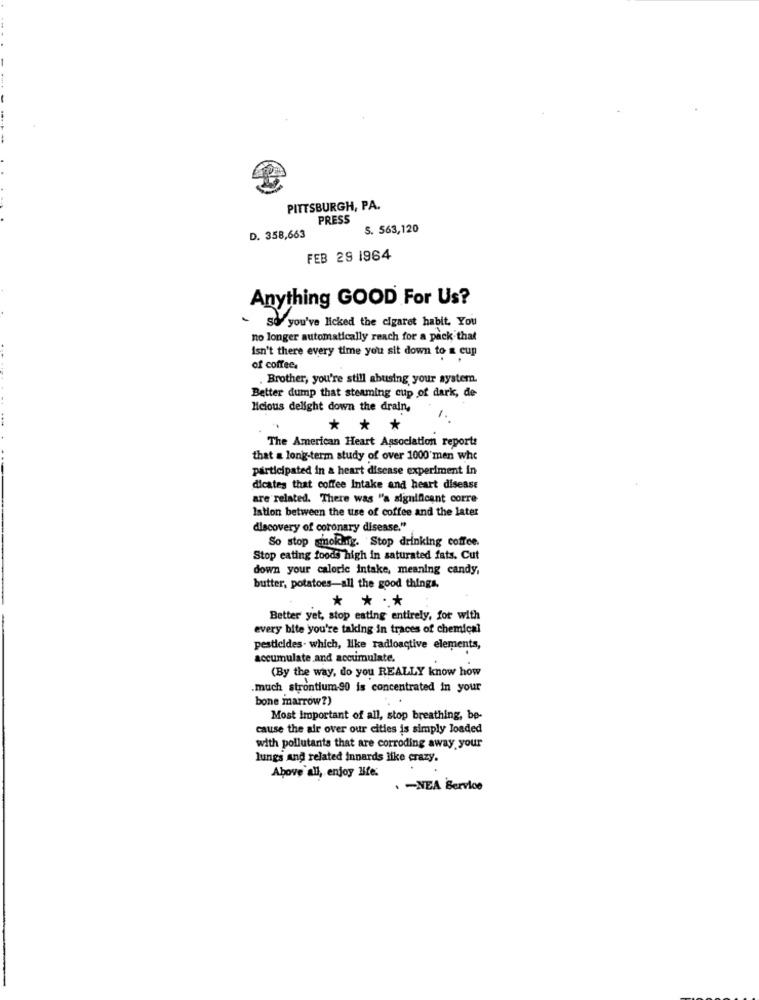
PITTSBURGH, PA.
PRESS
S. 563,120
D. 358,663
FEB 29 1964
Anything GOOD For Us?
So you've licked the cigaret habit. You
no longer automatically reach for a pack that
Isn't there every time you sit down to a cup
of coffee.
. Brother, you're still abusing your system.
Better dump that steaming cup of dark, de
licious delight down the drain,
** *
The American Heart Association reporte
that a long-term study of over 1000'men who
participated in a heart disease experiment in
dicates that coffee Intake and heart disease
are related. There was "a significant corre
lation between the use of coffee and the later
discovery of coronary disease."
So stop smoking. Stop drinking coffee.
Stop eating foods high in saturated fats. Cut
down your calorie intake, meaning candy,
butter, potatoes-all the good things.
* ***
Better yet, stop eating entirely, for with
every bite you're taking in traces of chemical
pesticides. which, like radioactive elements,
accumulate and accumulate.
(By the way, do you REALLY know how
.much strontium-90 is concentrated in your
bone marrow?)
Most Important of all, stop breathing, be-
cause the air over our cities is simply loaded
with pollutants that are corroding away your
lungs and related innards like crazy.
Above all, enjoy life.
. - NEA Service